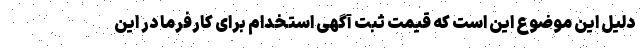
دلیل این موضوع این است که قیمت ثبت آگهی استخدام برای کارفرما در این